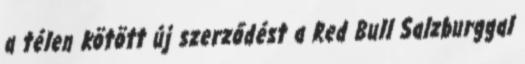
a télen kötött új szerződést a Red Bull Salzburggal